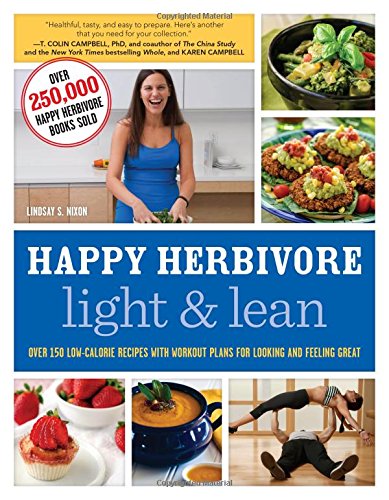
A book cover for Happy Herbivore Light & Lean: Over 150 Low-Calorie Recipes with Workout Plans for Looking and Feeling Great; Lindsay S. Nixon; Cookbooks, Food & Wine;